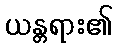
ယန္တရား၏